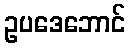
ဥပဒေဘောင်